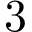
3